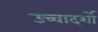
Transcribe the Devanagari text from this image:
उच्चादर्शो